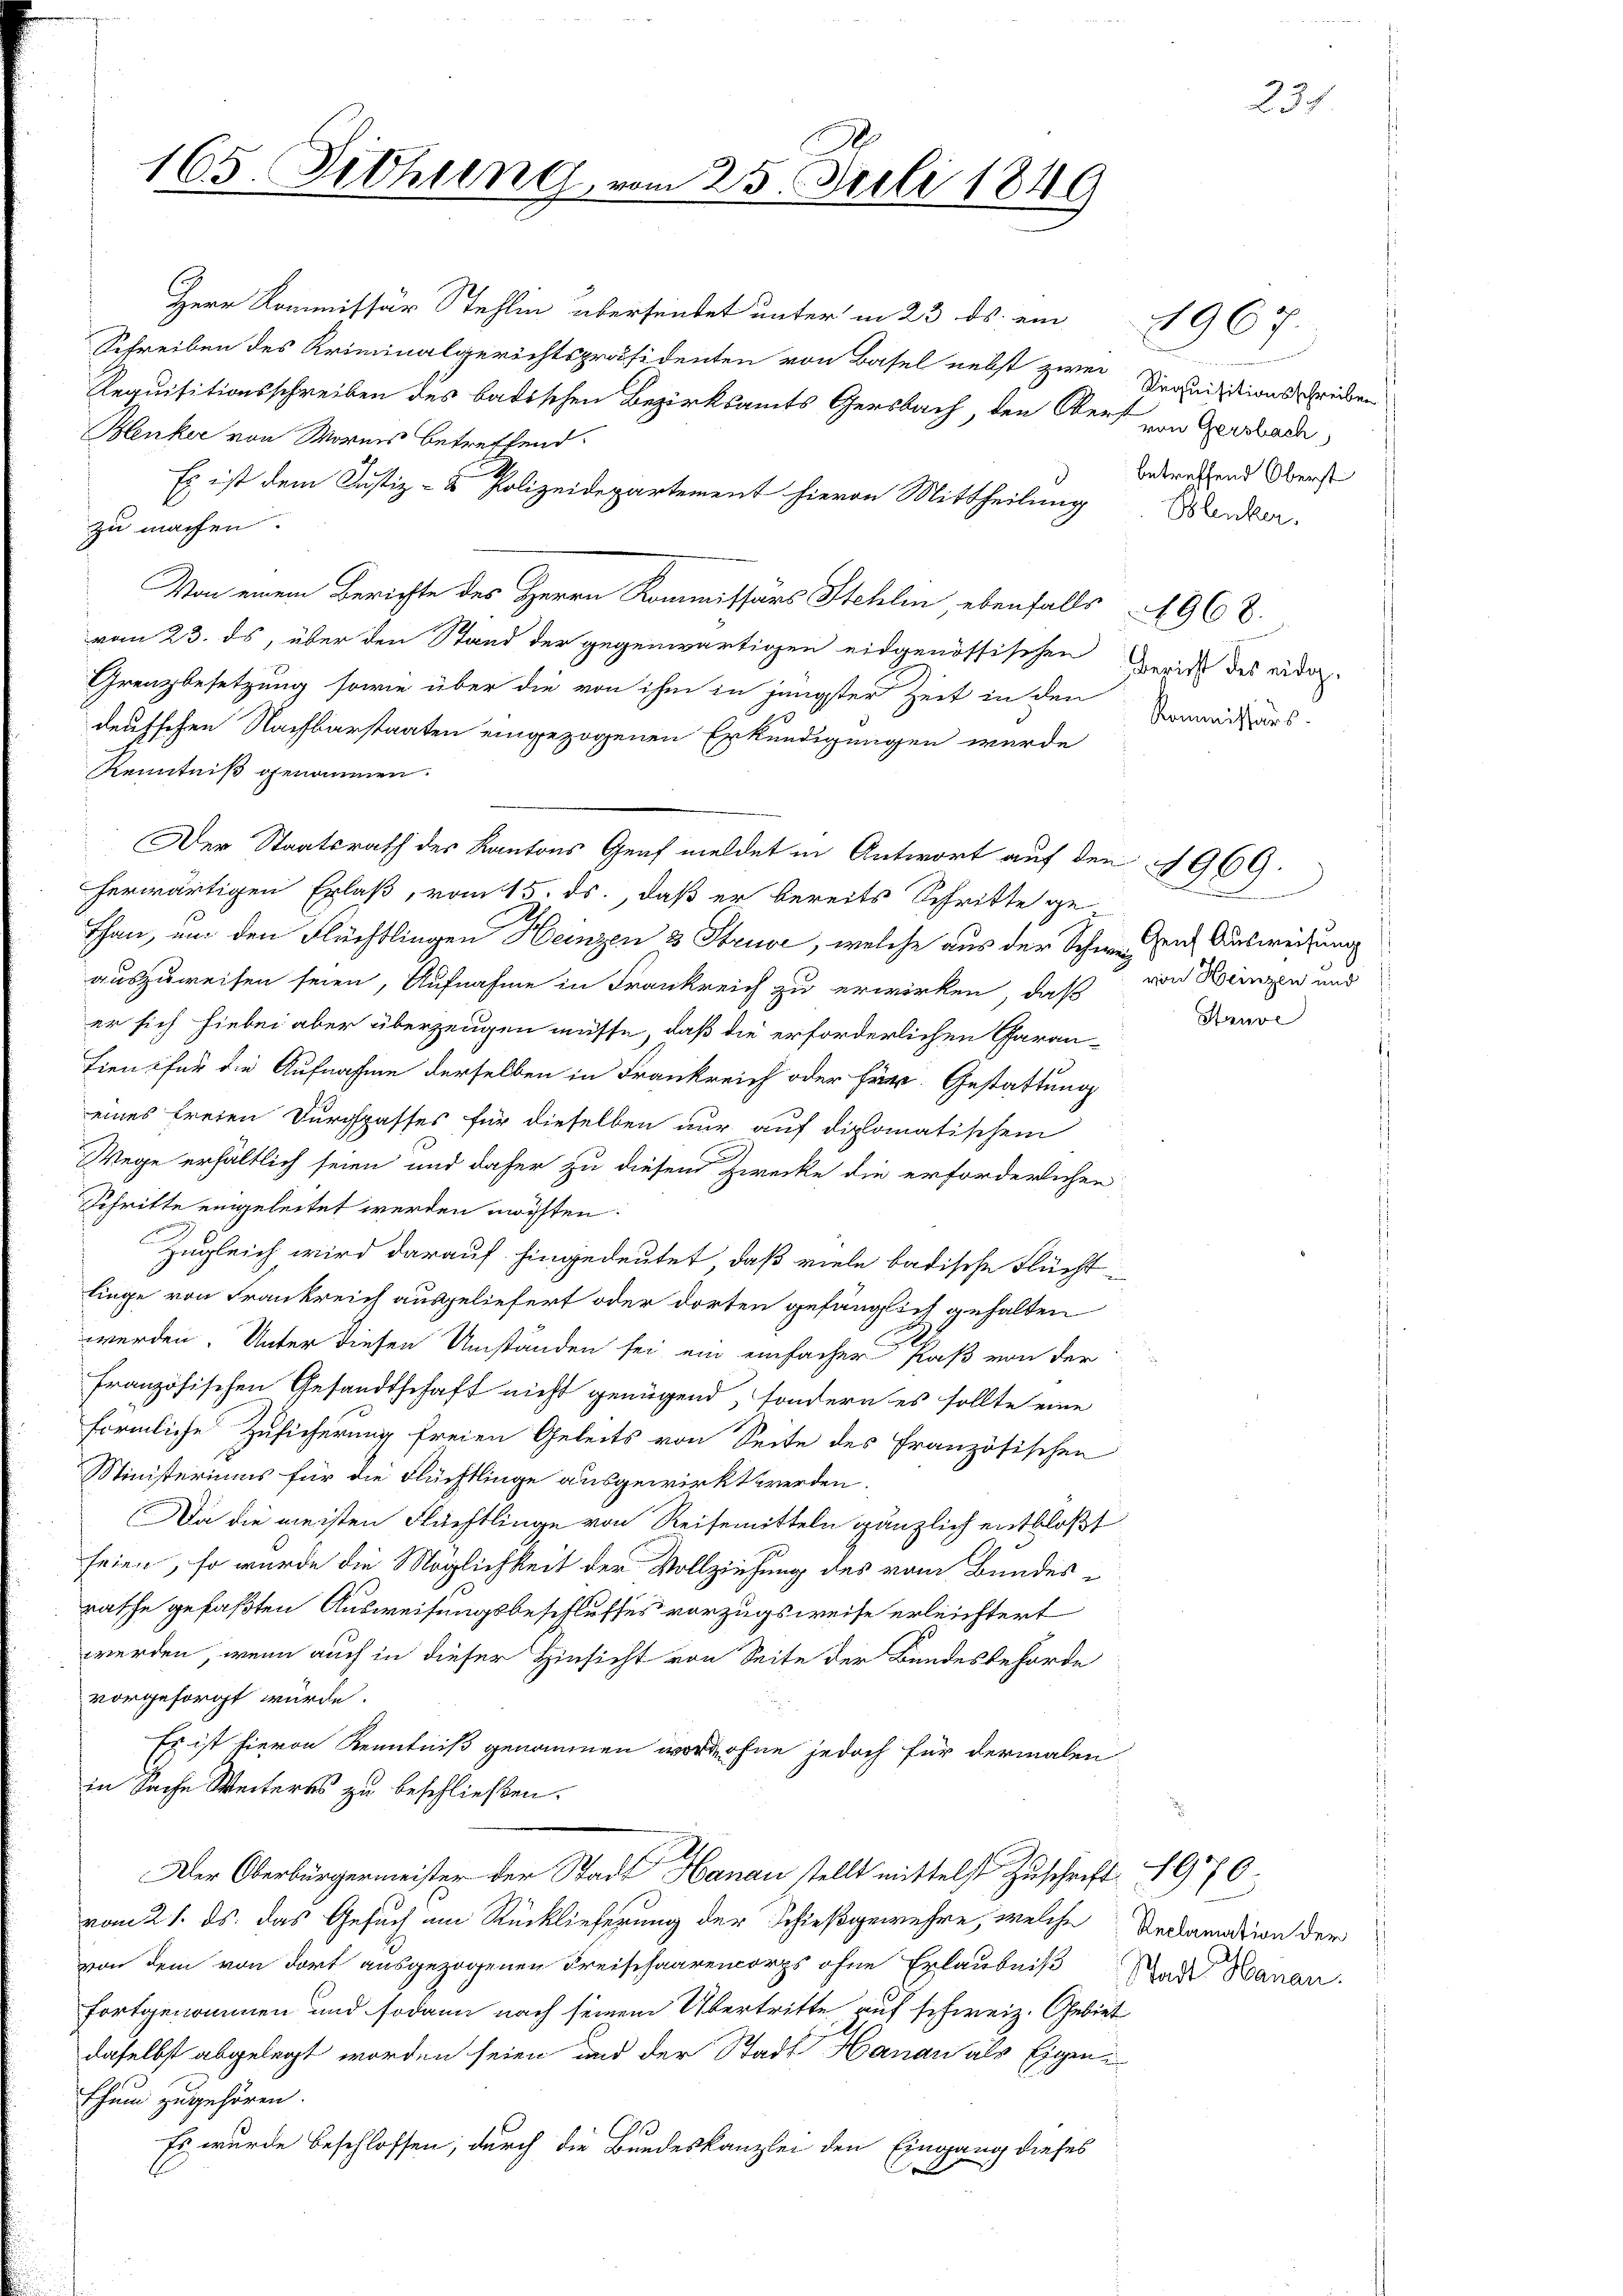
165. Siehung.

Herr Kommissär Stehlin überseitet unter in 23. ds. ein
Schreiben des Kriminalgerichtspräsidenten von Basel nebst zwei Srquisitionsschriben
Requisitionsschreiben des badischen Bezirksamts Gersbach, den Obert von Seebach
Henker von Mornis betreffend
Es ist dem Justiz- & Polizeidepartement hievon Mittheilung
zu machen.
Von einem Berichte des Herrn Kommissärs Stehlen, ebenfalls 196.
vom 23. ds, über den Stand der gegenwärtigen eidgenössischen Gericht des eidor-
Grenzbesetzung sowie über die von ihm in jüngster Zeit in den
deutschen Nachbarstaaten eingezogenen Erkundigungen wurde
Kenntniß genommen.
Der Staatsrath des Kantons Graf meldet in Antwort auf den 1969.
herwärtigen Erlaß, vom 15. ds., daß er bereits Schritte ge¬
Than, um den Flüchtlingen Heinzen 3 Struve, welche aus der Schweizen Ausweisung
auszuweisen seien, Aufnahme in Frankreich zu erwirken, daß
er sich hiebei aber überzeugen müsse, daß die erforderlichen Garan-
tien für die Aufnahme derselben in Frankreich oder für Gestattung
eines freien Durgspasses für dieselben nur auf diplomatischem
Wege erhältlich seien und daher zu diesem Zwecke die erforderlichen
Schritte eingeleitet werden möchten.
Zugleich wird darauf hingedeutet, daß viele badische Flücht
linge von Frankreich ausgeliefert oder dorten gefänglich gehalten
werden. Unter diesen Umständen sei ein einfacher Paß von der
französischen Gesandtschaft nicht genügend, sondern es sollte eine
förmliche Zusicherung freien Geleits von Seite des französischen
Ministeriums für die Flüchtlinge ausgewirkt werden.
Da die meisten Flüchtlinge von Reisemitteln gänzlich entbloßt
seien, so wurde die Möglichkeit der Vollziehung des vom Bundesrathe gefaßten Ausweisungsbeschlusses vorzugsweise erleichtert
werden, wenn auch in dieser Hinsicht von Seite der Bundesbehörde
vorgesorgt würde.
Es ist hievon Kenntniß genommen worden für jedoch für dermalen
in Sache Weiteres zu beschließen.
Der Oberbürgermeister der Stadt Hanau stellt mittelst Zuschrift 1976.
vom 21. ds. das Gesuch am Rücklieferung der Schießgewehre, welche Reclamation der
von dem von dort ausgezogenen Freischaarencorps ohne Erlaubniß Rede Hanan
fortgenommen und sodann nach seinem Übertritte auf schweiz. Gebiet
daselbst abgelegt worden seien und der Stadt Hanau als Eigenthum zugehören.
Es wurde beschlossen, durch die Bundeskanzlei den Eingang dieses
e

25. Juli 1849

betreffend Oberst
Blenker.

1967.

Kommissions

d
von Heinzen und
Struve

231